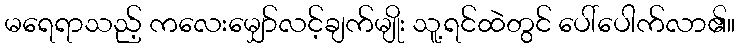
မရေရာသည့် ကလေးမျှော်လင့်ချက်မျိုး သူ့ရင်ထဲတွင် ပေါ်ပေါက်လာ၏။